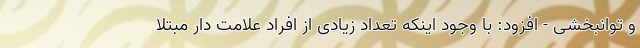
و توانبخشی - افزود: با وجود اینکه تعداد زیادی از افراد علامت دار مبتلا